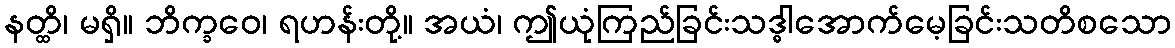
နတ္ထိ၊ မရှိ။ ဘိက္ခဝေ၊ ရဟန်းတို့။ အယံ၊ ဤယုံကြည်ခြင်းသဒ္ဓါအောက်မေ့ခြင်းသတိစသော